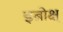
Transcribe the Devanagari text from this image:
इब्रोक्ष्